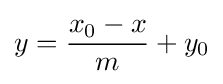
y={\frac {x_{0}-x}{m}}+y_{0}